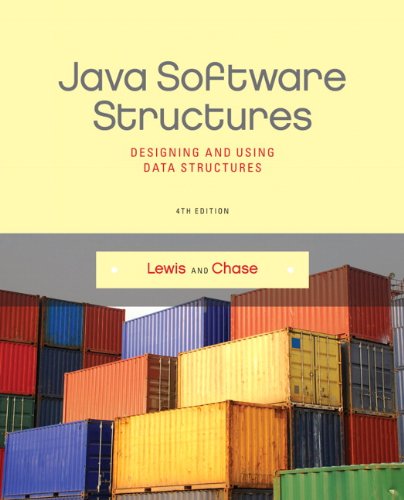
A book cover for Java Software Structures: Designing and Using Data Structures (4th Edition); John Lewis; Computers & Technology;